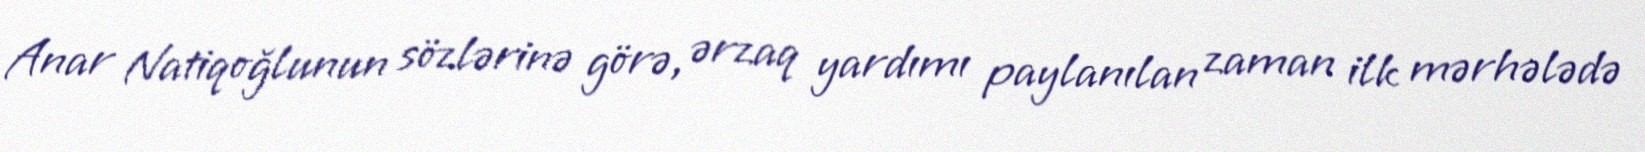
Anar Natiqoğlunun sözlərinə görə, ərzaq yardımı paylanılan zaman ilk mərhələdə